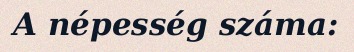
A népesség száma: